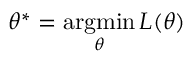
\theta ^ { * } = \operatorname * { a r g m i n } _ { \theta } L ( \theta )